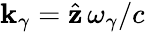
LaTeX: {\mathbf k}_{\gamma}=\hat{\mathbf z}\, \omega_{\gamma}/c